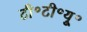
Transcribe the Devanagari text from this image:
टी॰टी॰यू॰